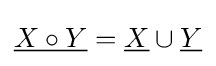
{\underline {X\circ Y}}={\underline {X}}\cup {\underline {Y}}